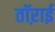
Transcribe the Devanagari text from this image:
तॉऱाई